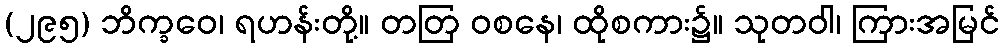
(၂၉၅) ဘိက္ခဝေ၊ ရဟန်းတို့။ တတြ ဝစနေ၊ ထိုစကား၌။ သုတဝါ၊ ကြားအမြင်